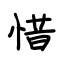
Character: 惜